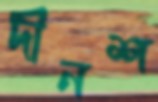
দীনশ